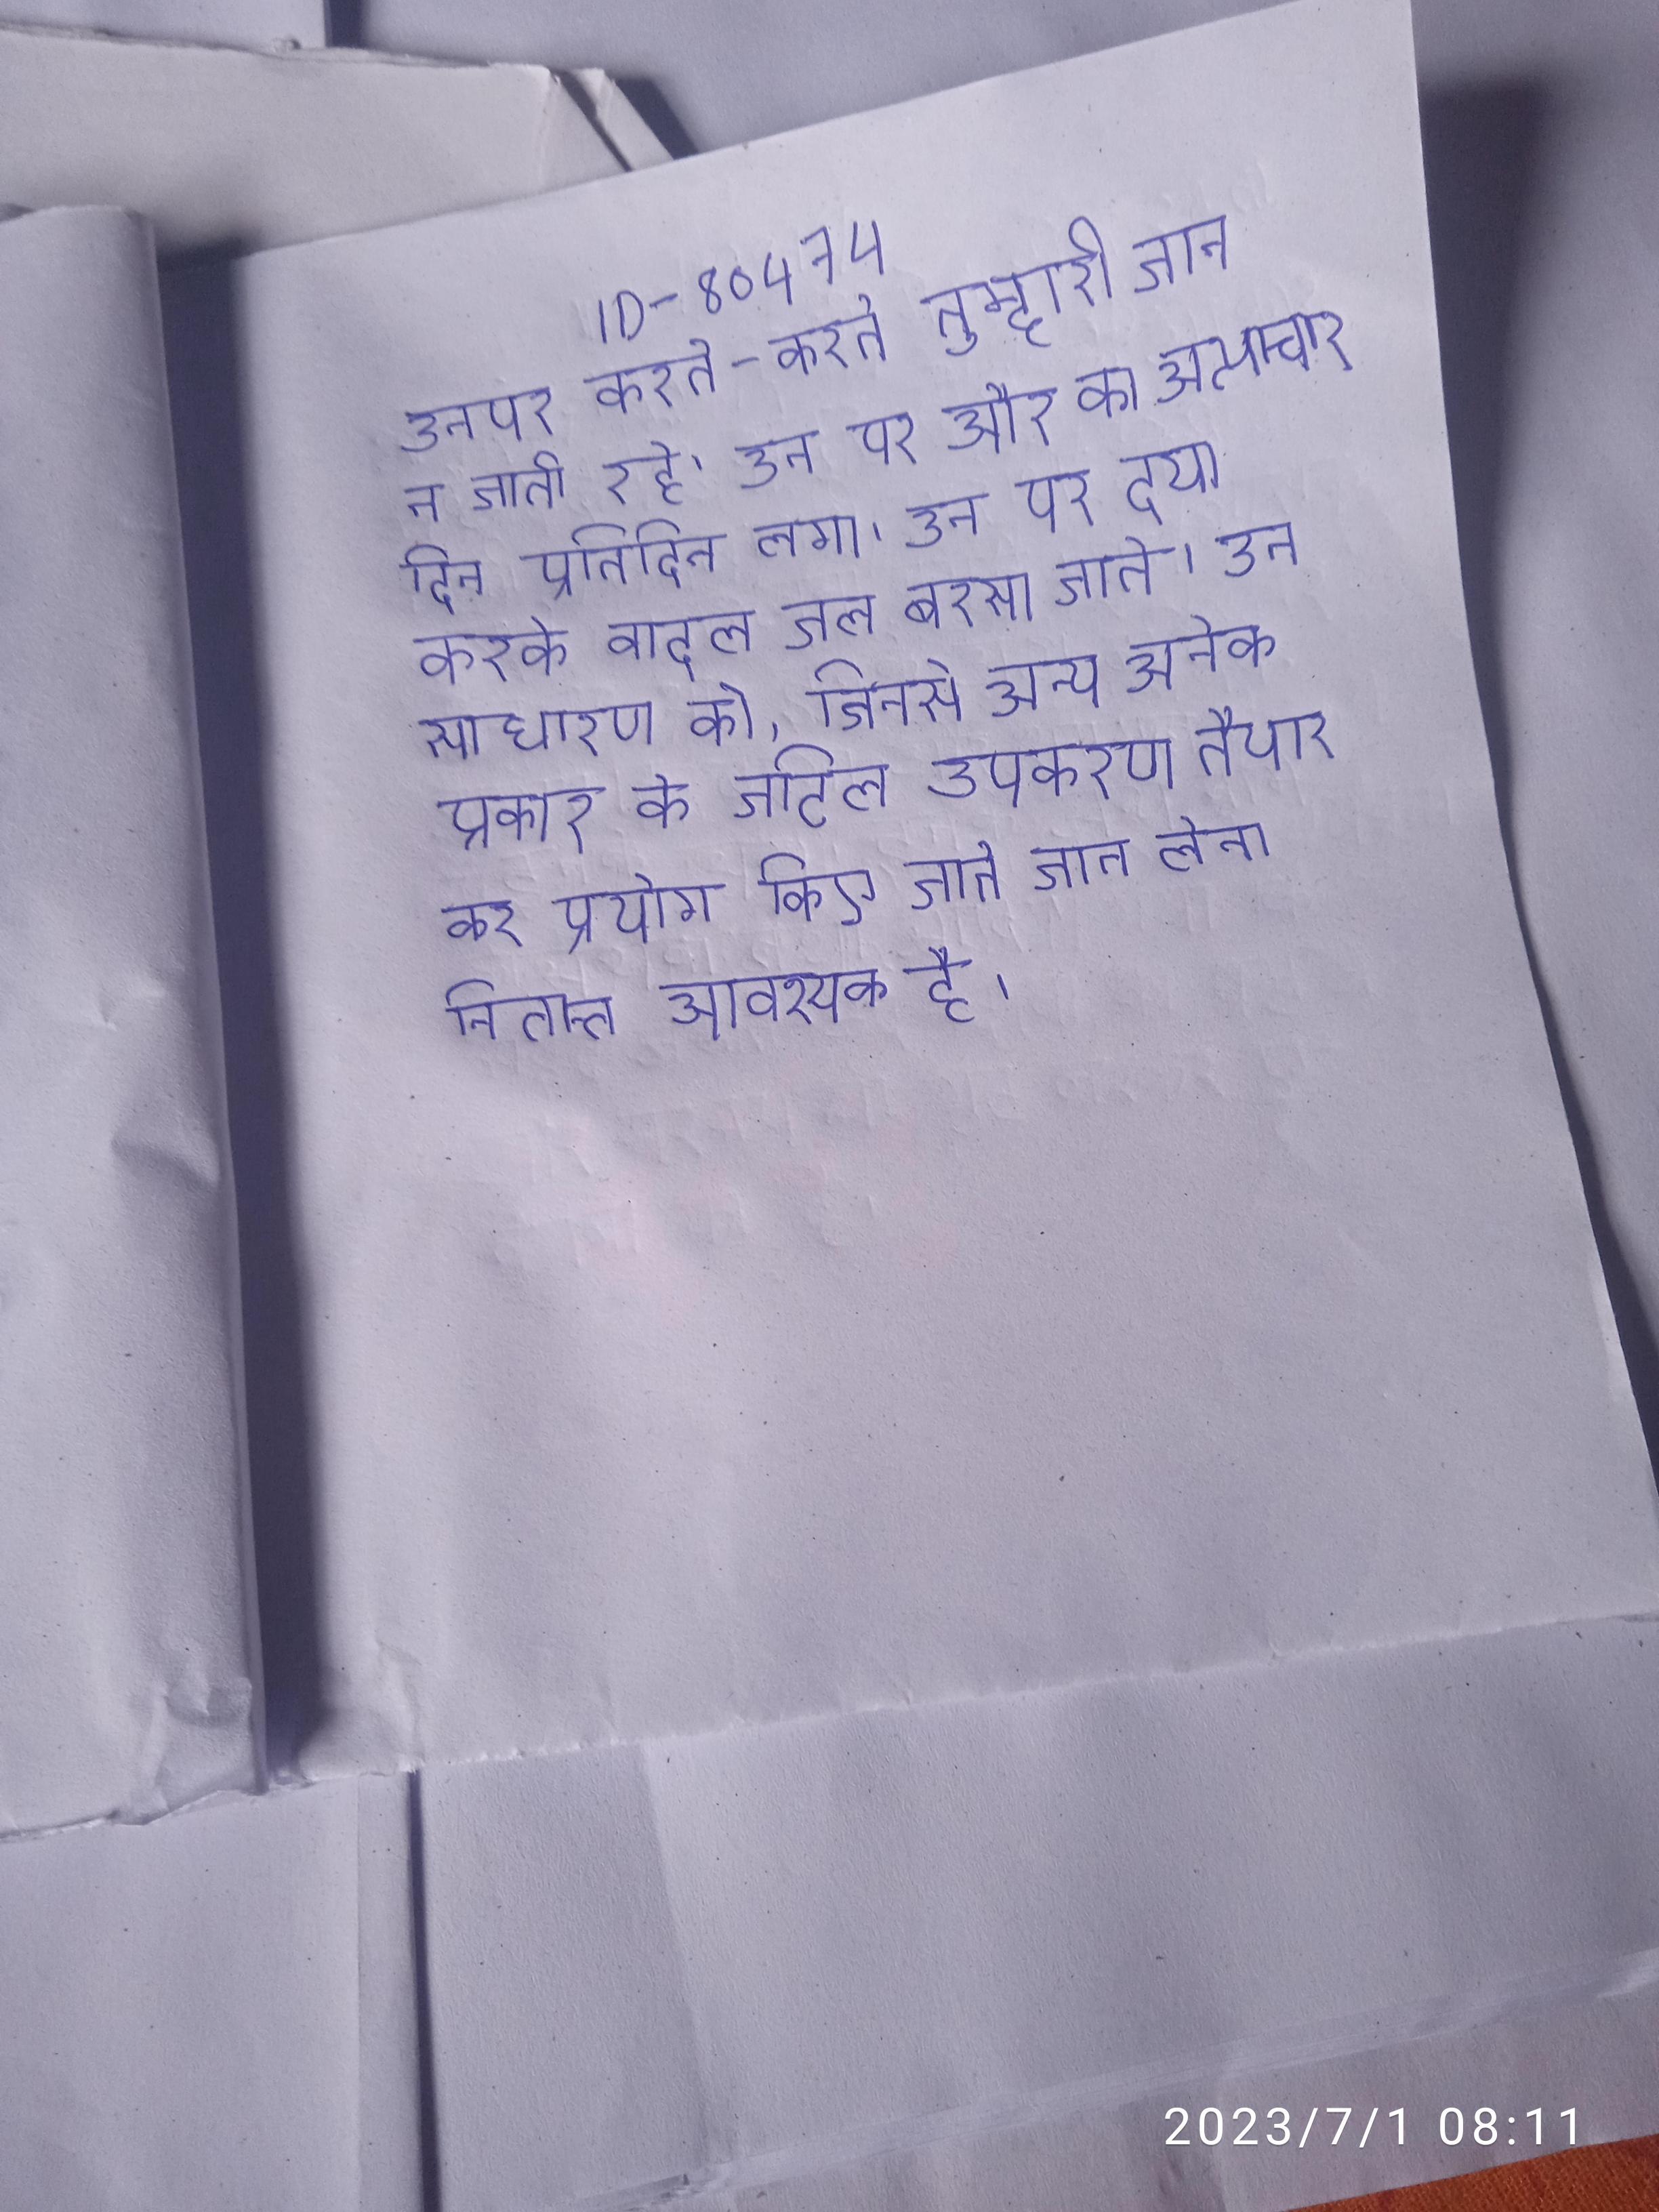
उनपर करते-करते तुम्हारी जान न जाती रहे । उन पर और का अत्याचार दिन प्रतिदिन लगा । उन पर दया करके बादल जल बरसा जाते । उन साधारण को, जिनसे अन्य अनेक प्रकार के जटिल उपकरण तैयार कर प्रयोग किए जाते जान लेना नितान्त आवश्यक है ।